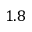
1 . 8